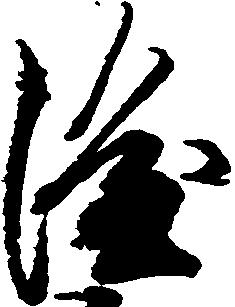
隆